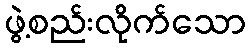
ဖွဲ့စည်းလိုက်သော